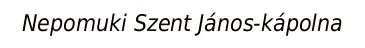
Nepomuki Szent János-kápolna